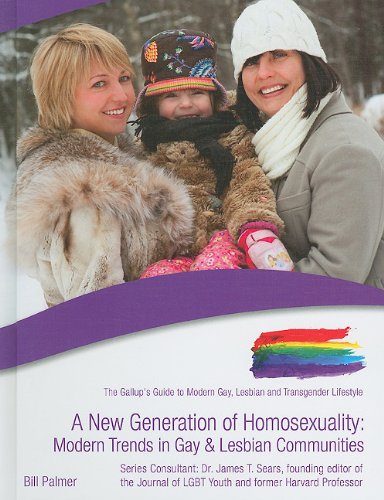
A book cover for A New Generation of Homosexuality: Modern Trends in Gay & Lesbian Communities (The Gallup's Guide to Modern Gay, Lesbian, & Transgender Lifestyle); Bill Palmer; Teen & Young Adult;